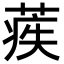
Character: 𦶱